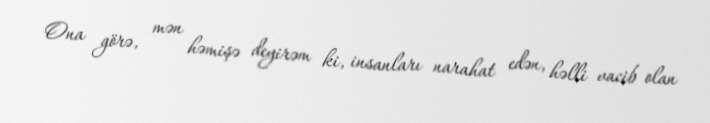
Ona görə, mən həmişə deyirəm ki, insanları narahat edən, həlli vacib olan